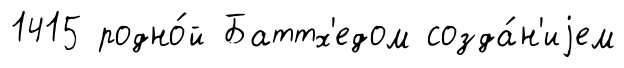
1415 родно́й Баттх'едом созда́н'иjем